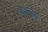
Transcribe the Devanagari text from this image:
१०८००